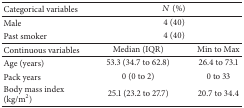
<table><thead><tr><td><b>Categorical variables</b></td><td colspan="2"><b><i>N</i> (%)</b></td></tr></thead><tbody><tr><td>Male</td><td colspan="2">4 (40)</td></tr><tr><td>Past smoker</td><td colspan="2">4 (40)</td></tr><tr><td>Continuous variables</td><td>Median (IQR)</td><td>Min to Max</td></tr><tr><td>Age (years)</td><td>53.3 (34.7 to 62.8)</td><td>26.4 to 73.1</td></tr><tr><td>Pack years</td><td>0 (0 to 2)</td><td>0 to 33</td></tr><tr><td>Body mass index (kg/m<sup>2</sup>)</td><td>25.1 (23.2 to 27.7)</td><td>20.7 to 34.4</td></tr></tbody></table>